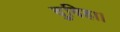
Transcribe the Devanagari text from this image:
दुविहा।